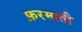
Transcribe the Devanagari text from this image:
फ़रमाती